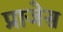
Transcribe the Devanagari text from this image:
प्राजेस